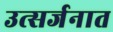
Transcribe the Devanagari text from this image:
उत्सर्जनात